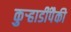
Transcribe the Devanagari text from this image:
कुऱ्हाडींपैकी